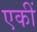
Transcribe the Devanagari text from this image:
एकीं